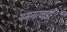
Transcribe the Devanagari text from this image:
यमगरवाडी